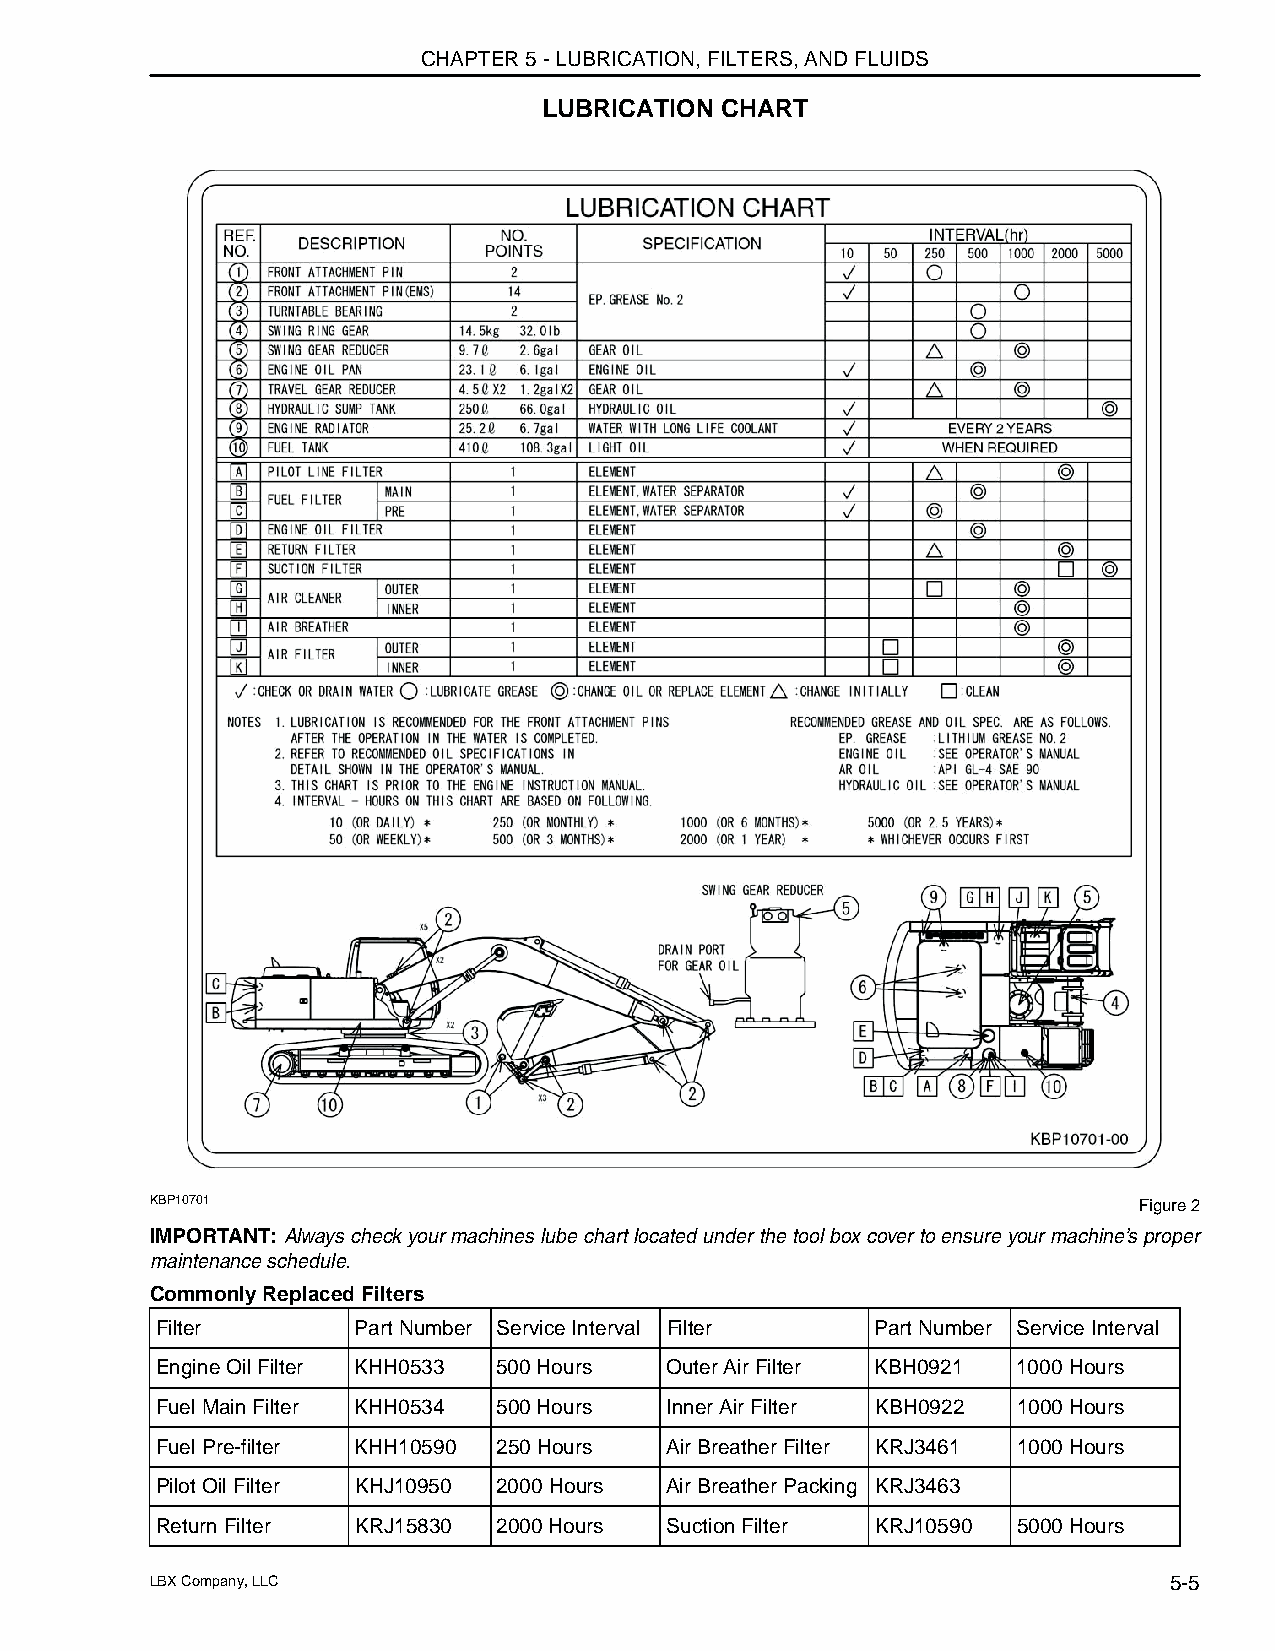
CHAPTER 5 - LUBRICATION, FILTERS, AND FLUIDS
 LUBRICATION CHART
 KBP10701                                                         Figure 2
 IMPORTANT: Always check your machines lube chart located under the tool box cover to ensure your machine’s proper
 maintenance schedule.
 Commonly Replaced Filters
 Filter        Part Number Service Interval Filter Part Number Service Interval
 Engine Oil Filter KHH0533 500 Hours Outer Air Filter KBH0921 1000 Hours
 Fuel Main Filter KHH0534 500 Hours Inner Air Filter KBH0922 1000 Hours
 Fuel Pre-filter KHH10590 250 Hours Air Breather Filter KRJ3461 1000 Hours
 Pilot Oil Filter KHJ10950 2000 Hours Air Breather Packing KRJ3463
 Return Filter KRJ15830 2000 Hours Suction Filter KRJ10590 5000 Hours
 LBX Company, LLC                                                   5-5